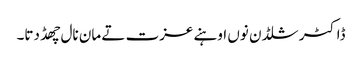
ڈاکٹر شلڈن نوں اوہنے عزت تے مان نال چھڈ دتا۔